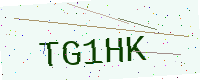
Text: TG1HK